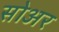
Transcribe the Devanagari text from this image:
सोअर